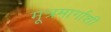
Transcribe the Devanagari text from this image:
मूत्रमार्गाशी